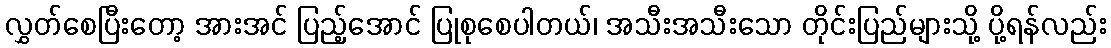
လွှတ်စေပြီးတော့ အားအင် ပြည့်အောင် ပြုစုစေပါတယ်၊ အသီးအသီးသော တိုင်းပြည်များသို့ ပို့ရန်လည်း